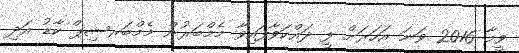
ވީމާ 2016 ވަނަ އަހަރަށް ފީ ދައްކަވާފައިވާ މެމްބަރުން މެމްބަރޝިޕް ކާޑު އަދި